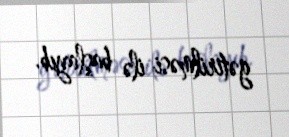
gətirilməsi ilə başlayıb.